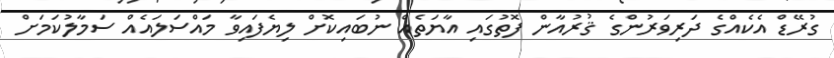
ގުރޭޑް އެކެއްގެ ދަރިވަރުންގެ ޤުރުއާން ފޮތުގައި އާޔަތެއް ނުބައިކޮށް ލިޔެފައިވާ މައްސަލައެއް ސަމާލުކަމަށް